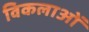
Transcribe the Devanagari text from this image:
विकलाओं